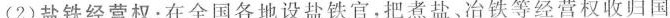
(2)盐铁经营权：在全国各地设盐铁官，把煮盐、冶铁等经营权收归国